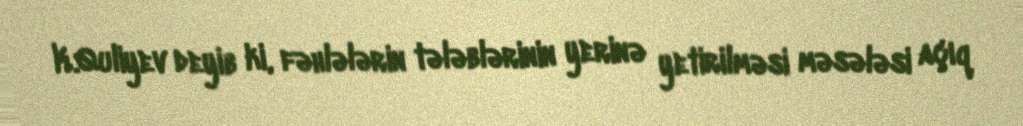
K.Quliyev deyib ki, fəhlələrin tələblərinin yerinə yetirilməsi məsələsi açıq